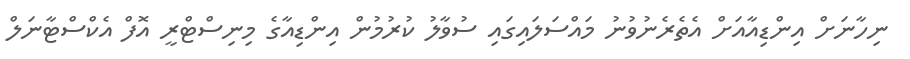
ނިހާނަށް އިންޑިއާއަށް އެތެރެނުވުނު މައްސަލައިގައި ސުވާލު ކުރުމުން އިންޑިއާގެ މިނިސްޓްރީ އޮފް އެކްސްޓާނަލް